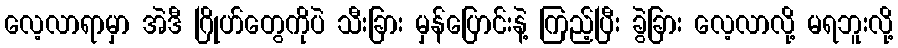
လေ့လာရာမှာ အဲဒီ ဂြိုဟ်တွေကိုပဲ သီးခြား မှန်ပြောင်းနဲ့ ကြည့်ပြီး ခွဲခြား လေ့လာလို့ မရဘူးလို့